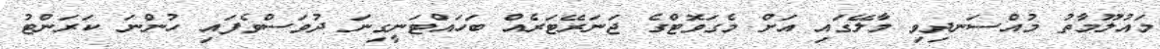
މައުލޫމާތު މުއްސަނދިވި މާލޭގައި އަށް މެގަވޮޓްގެ ޖަނަރޭޓަރެއް ބަހައްޓަނީގިނަ ދުވަސްވެފައި ހުންނަ ކަރަންޓު